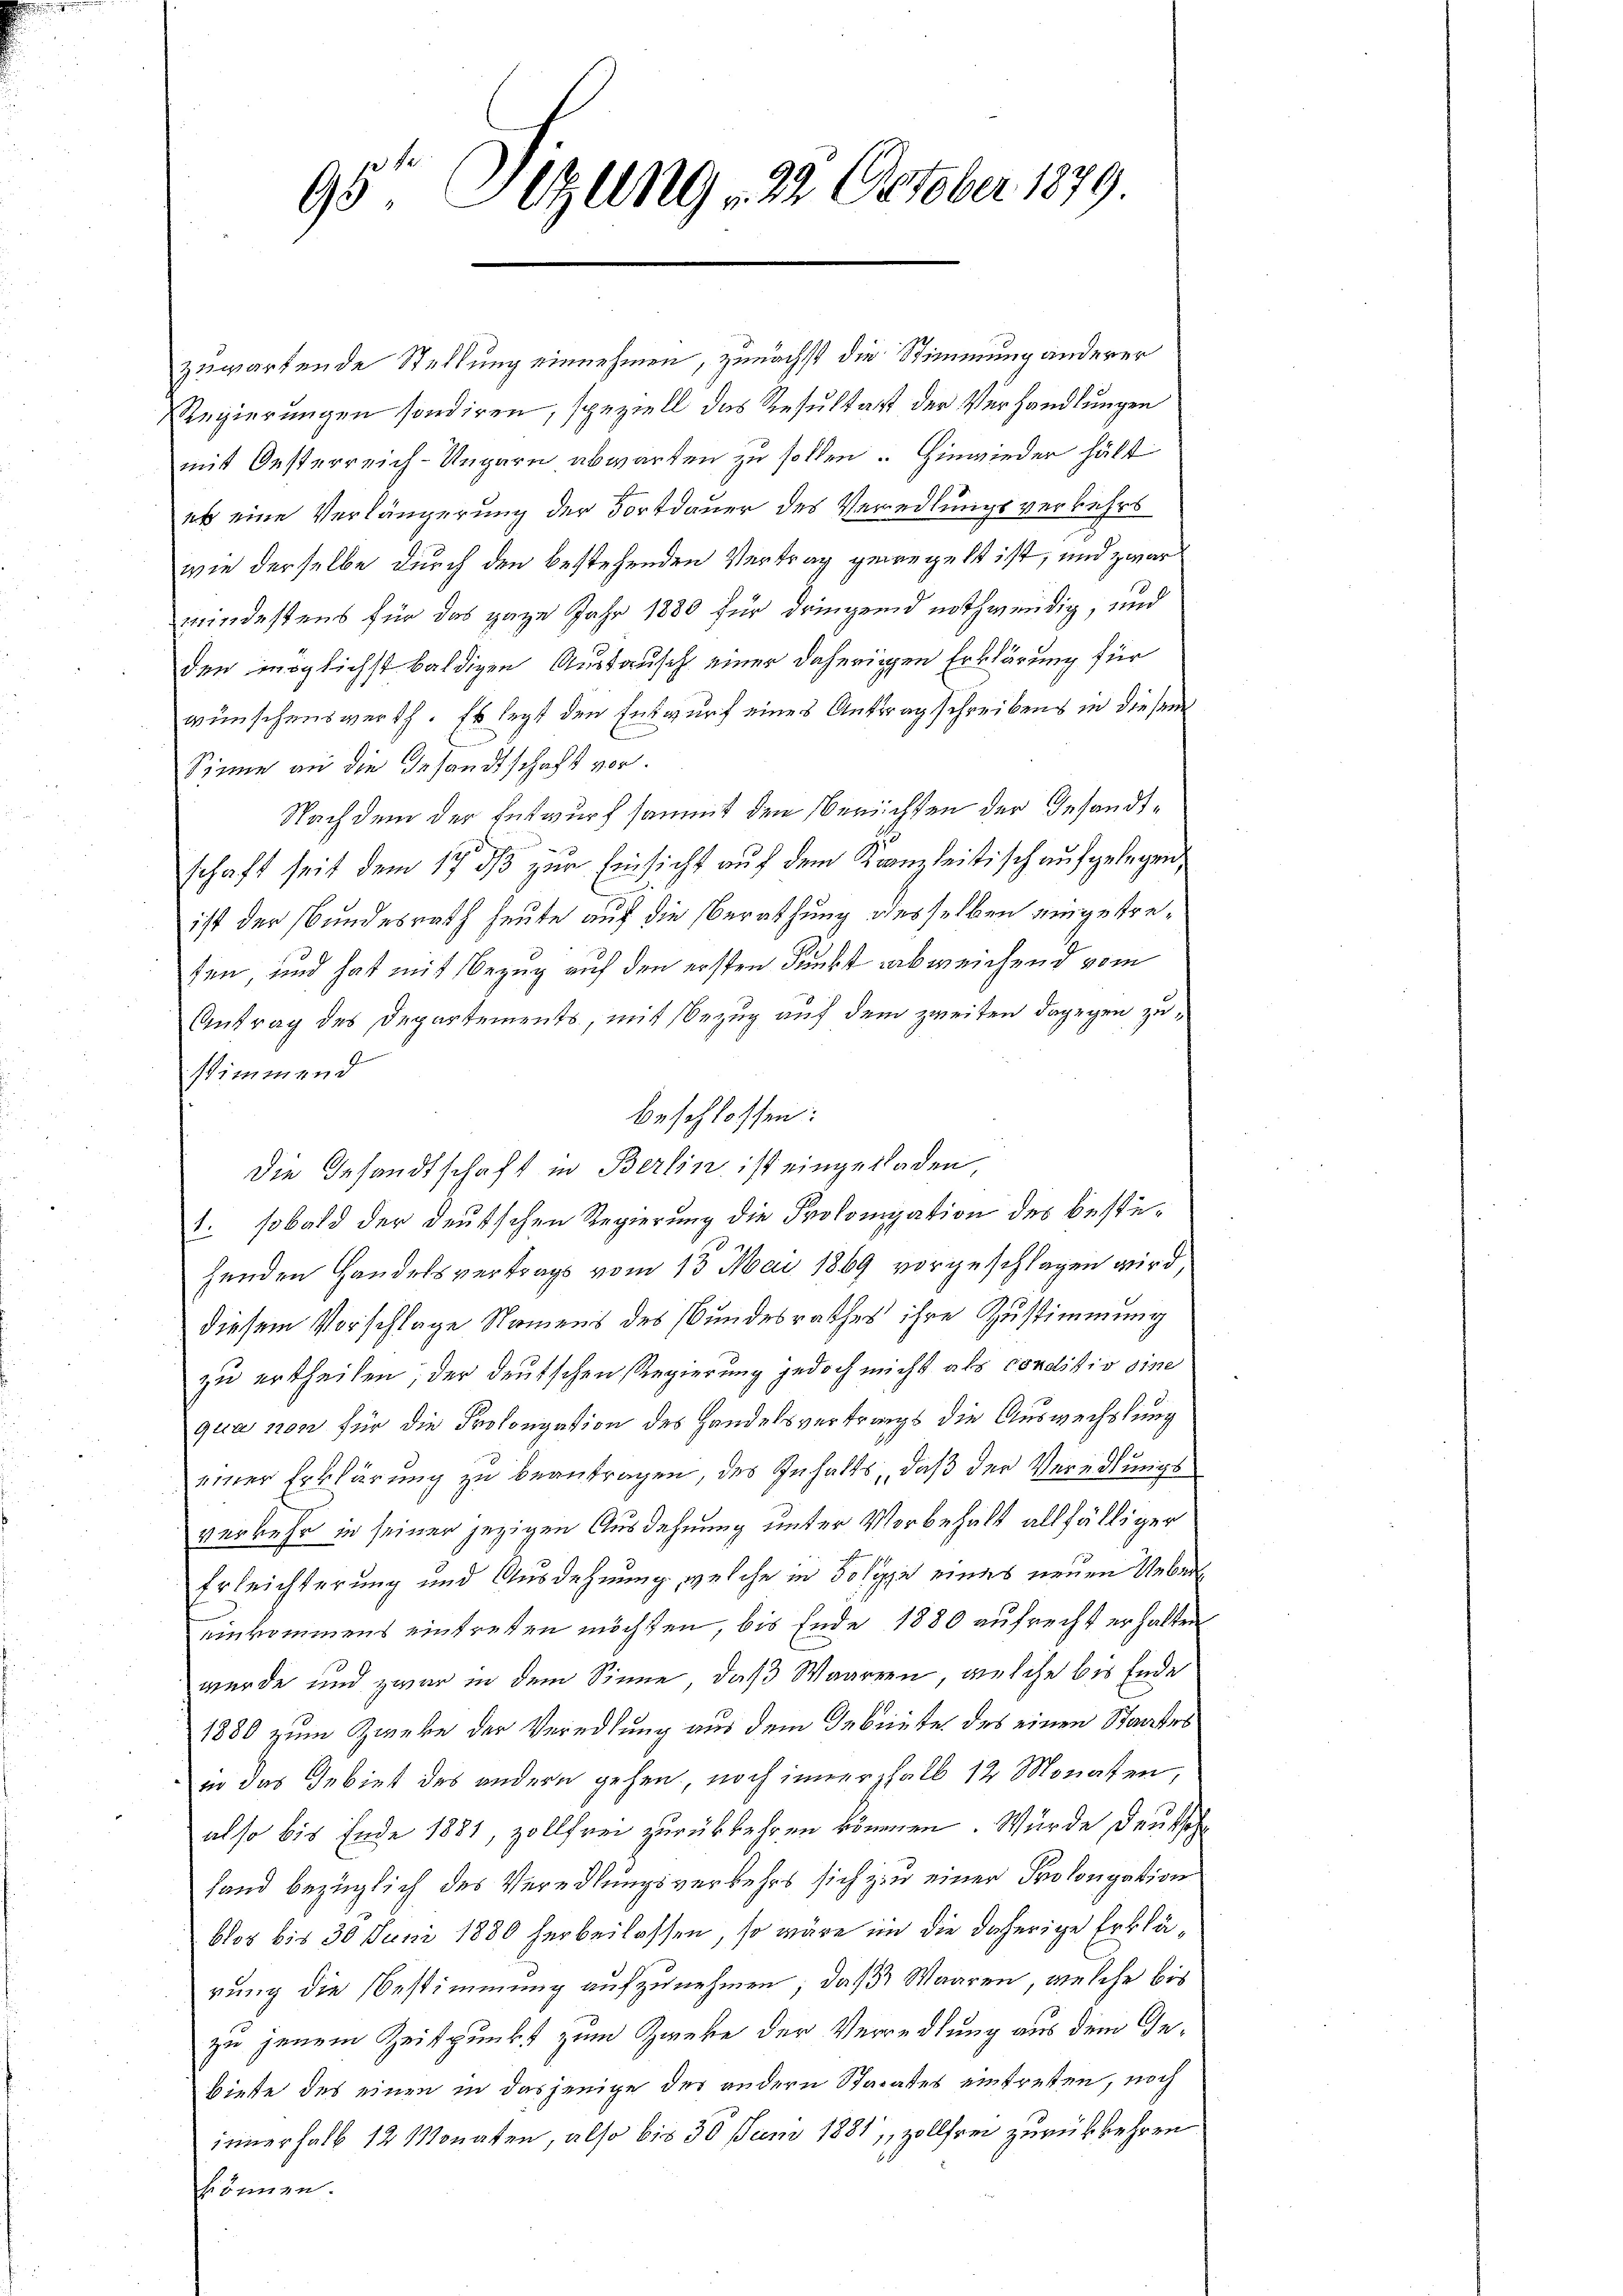
Sitzung 22. October 1879
95.

zuwartende Stellung einnehmen, zunächst die Stimmung anderer
RRegierungen sondiren, speziell das Resultat der Verhandlungen
mit Oesterreich-Ungarn abwarten zu sollen. Hinwieder hält
es eine Verlängerung der Fortdauer des Veredlungsverkehrs
wie derselbe durch den bestehenden Vertrag gewegelt ist, und zwar
mindestens für das Haze Jahr 1880 für dringend nothwendig, und
den möglichst baldigen Austausch einer daherigen Erklärung für
wünschenswerth. Es legt den Entwurf eines Antragschreibens in diesem
Sinne an die Gesandtschaft vor.
Nachdem der Entwurf sammt den Berichten der Gesandtschaft seit dem 17. ds zur Einsicht auf dem Kanzleitisch aufgelegen,
ist der Bundesrath heute auf die Berathung desselben eingetreten und hat mit Bezug auf den ersten Funkt abweichend vom
Antrag des Departements, mit Bezug auf dem zweiten dagegen zustimmend
beschlossen:
Die Gesandtschaft in Berlin ist eingeladen
1. sobald der deutschen Regierung die Prolongation des bestehenden Handelsvertrags vom 13. Mai 1869 vorgeschlagen wird,
diesem Vorschlage Namens des Bundesrathes ihre Zustimmung
zu ertheilen, der deutschen Regierung jedoch nicht als conditiv sine
gica non für die Prolongation des Handelsvertrags die Auswechslung
einer Erklärung zu beantragen, des Inhalts, daß der Veredlungs
verkehr in seiner jezigen Ausdehnung unter Vorbehalt allfälliger
Erleichterung und Ausdehnung, welche in Folge eines neuen Uebereinkommens eintreten möchten, bis Ende 1880 aufrecht erhalten
wurde und zwar in dem Sinne, daß Waaren, welche bis Ende
1880 zum Zweke der Veredlung aus dem Gebiete des einen Staates
in das Gebiet des andern gehen, noch innerhalb 12 Monaten,
also bis Ende 1881, zollfrei zurückkehren können. Würde deutsch
land bezüglich des Veredlungsverkehrs sich zu einer Prolongation
blos bis 30 Juni 1880 herbeilassen, so wäre in die daherige Erklärung die Bestimmung aufzunehmen, daß Waaren, welche bis
zu jenem Zeitpunkt zum Zweke der Verredlung aus dem Gebiete des einen in dasjenige der andern Staates eintretten, noch
innerhalb 12 Monaten, also bis 30 Juni 1881, zollfrei zurückkehren.
können.